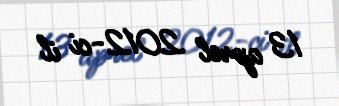
13 aprel 2012-ci il